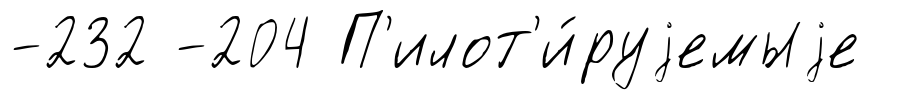
-232 -204 П'илот'и́руjемыjе